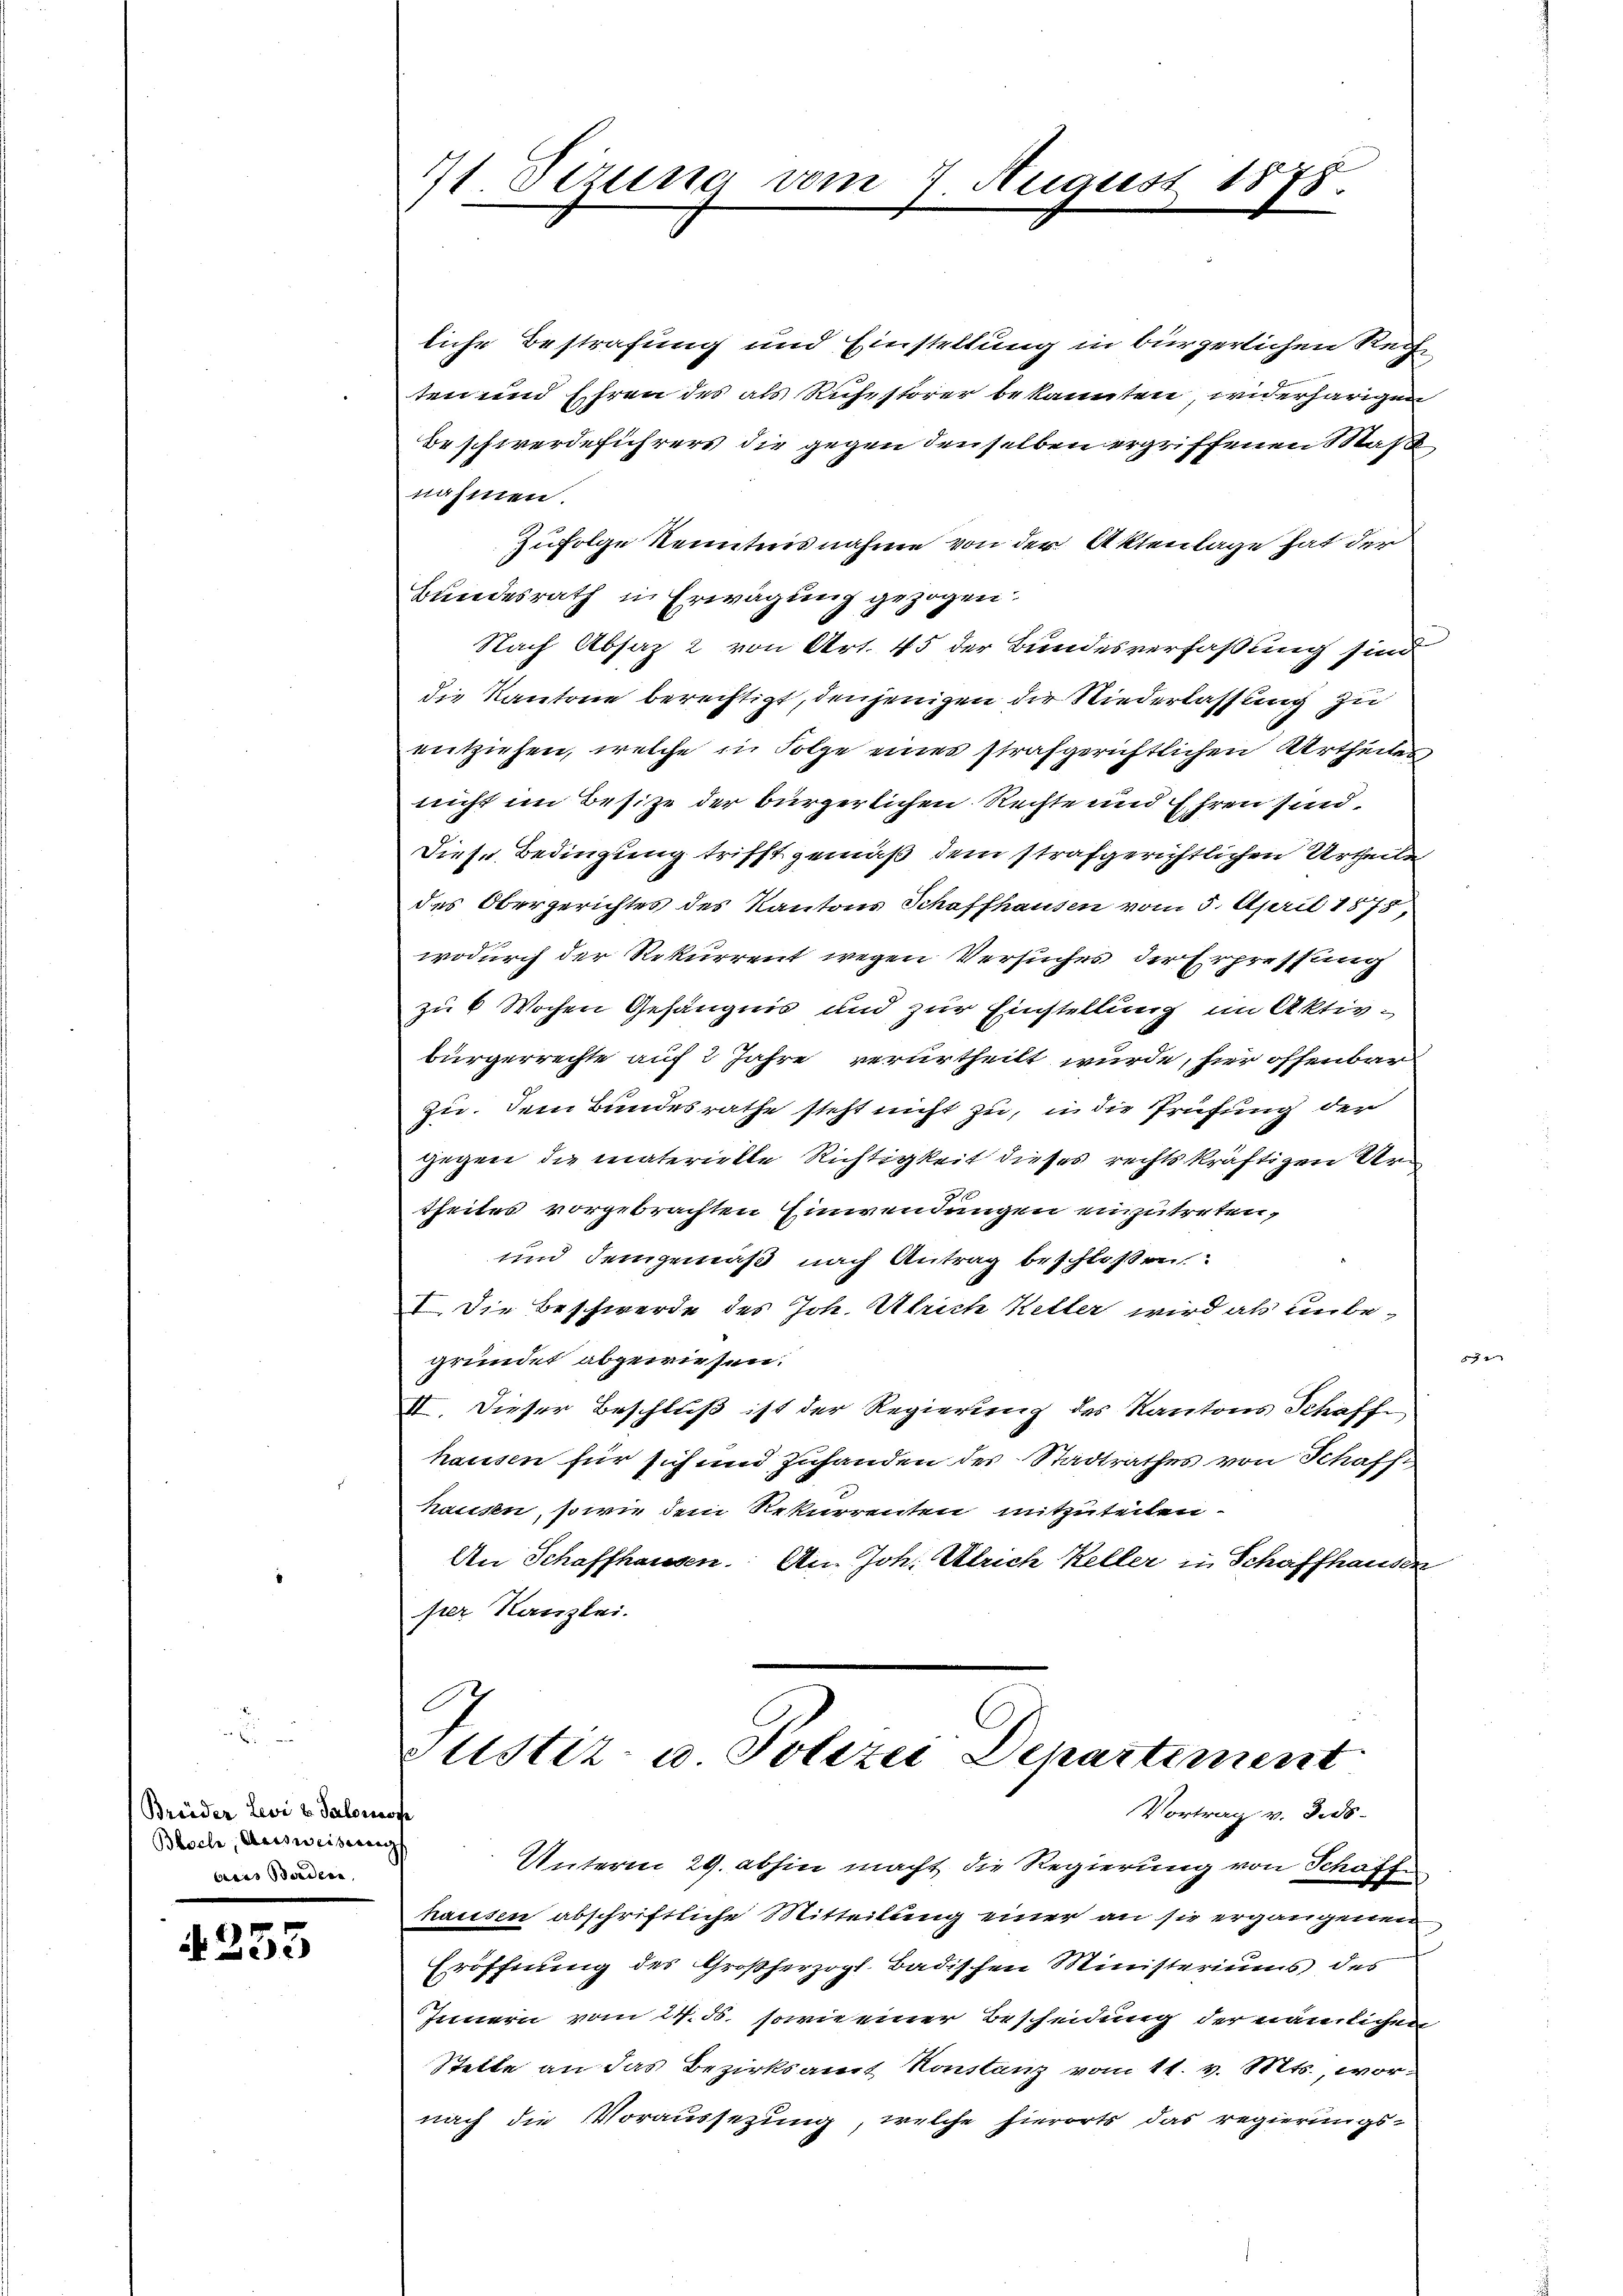
Brüder Levi v. Salonaste
Bloche, Ausweisung
bris Bordern

253

liche Bestrafung und Einstellung in bürgerlichen Rechten und Ehren des als Rufestörer bekannten, widerherigen
Beschwerdeführers die gegen denselben ergriffenen Maße
nahmen.
Zufolge Kenntnisnahme von der Aktenlage hat der
Bundesrath in Erwägung gezogen.
Nach Absaz 2 von Art. 45 der Bundesverfaßung sind
die Kantone berechtigt, denjenigen der Niederlassung zu
entziehen, welche in Folge eines strafgerichtlichen Urtheiles
nicht im Besize der bürgerlichen Rechte und Ehren sind.
Diese Bedingung trifft gemäß dem strafgerichtlichen Urtheile
des Obergerichtes des Kantons Schaffhausen vom 5. April 1878,
wodurch der Rekurrent wegen Versuches der Erpressung
zu 6 Wochen Gefängnis und zur Einstellung im Aktivbürgerrechte auf 2 Jahre verurtheilt wurde, hier offenbar
zu. Dem Bundesrathe steht nicht zu, in die Prüfung der
gegen die materielle Richtigkeit dieses rechtskräftigen Urtheiles vorgebrachten Einwendungen einzutreten,
und demgemäß nach Antrag beschlossen.
I. Die Beschwerde des Joh. Ulrich Ketter wird als unbegründet abgewiesen.
II. Dieser Beschluß ist der Regierung des Kantons Schaff
hausen für sich und zuhanden des Stadtrathes von Schaff
hausen, sowie dem Rekurrenten mitzuteilen
An Schaffhausen. An Joh. Ulrich Keller in Schaffhausen
per Kanzlei.
C

7t Sizung

1

7. Augus

177.

ustiz- u Polizei Departiment
Vortrag v. Dies

Unterm 29. abhin macht die Regierung von Schaft
hausen abschriftliche Mitteilung einer an sie ergangenen
Eröffnung des Großherzogl. Badischen Ministeriums des
Innern vom 24. ds. sowie einer Bescheidung der nämlichen
Stette an das Bezirksamt Konstanz vom 11. v. Mts., wornach die Voraussezung, welche hierorts das regierungs¬